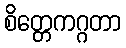
စိတ္တေကဂ္ဂတာ